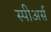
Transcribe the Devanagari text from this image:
स्पीअर्स